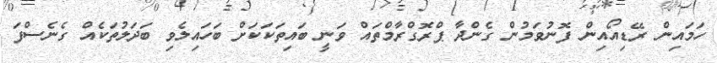
ހަމައިން ރޭޑިއޯއިން ފޮނުވަމުން ގެންދާ ޕްރޮގްރާމްތައް ވަނީ ބައިތަކަކަށް ބަހައިލެވި ބަދަލުތަކެއް ގެނެސްފަ